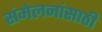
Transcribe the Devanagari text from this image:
संमेलनांसाठी